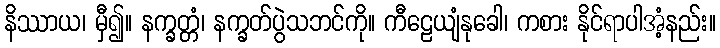
နိဿာယ၊ မှီ၍။ နက္ခတ္တံ၊ နက္ခတ်ပွဲသဘင်ကို။ ကီဠေယျံနုခေါ၊ ကစား နိုင်ရာပါအံ့နည်း။